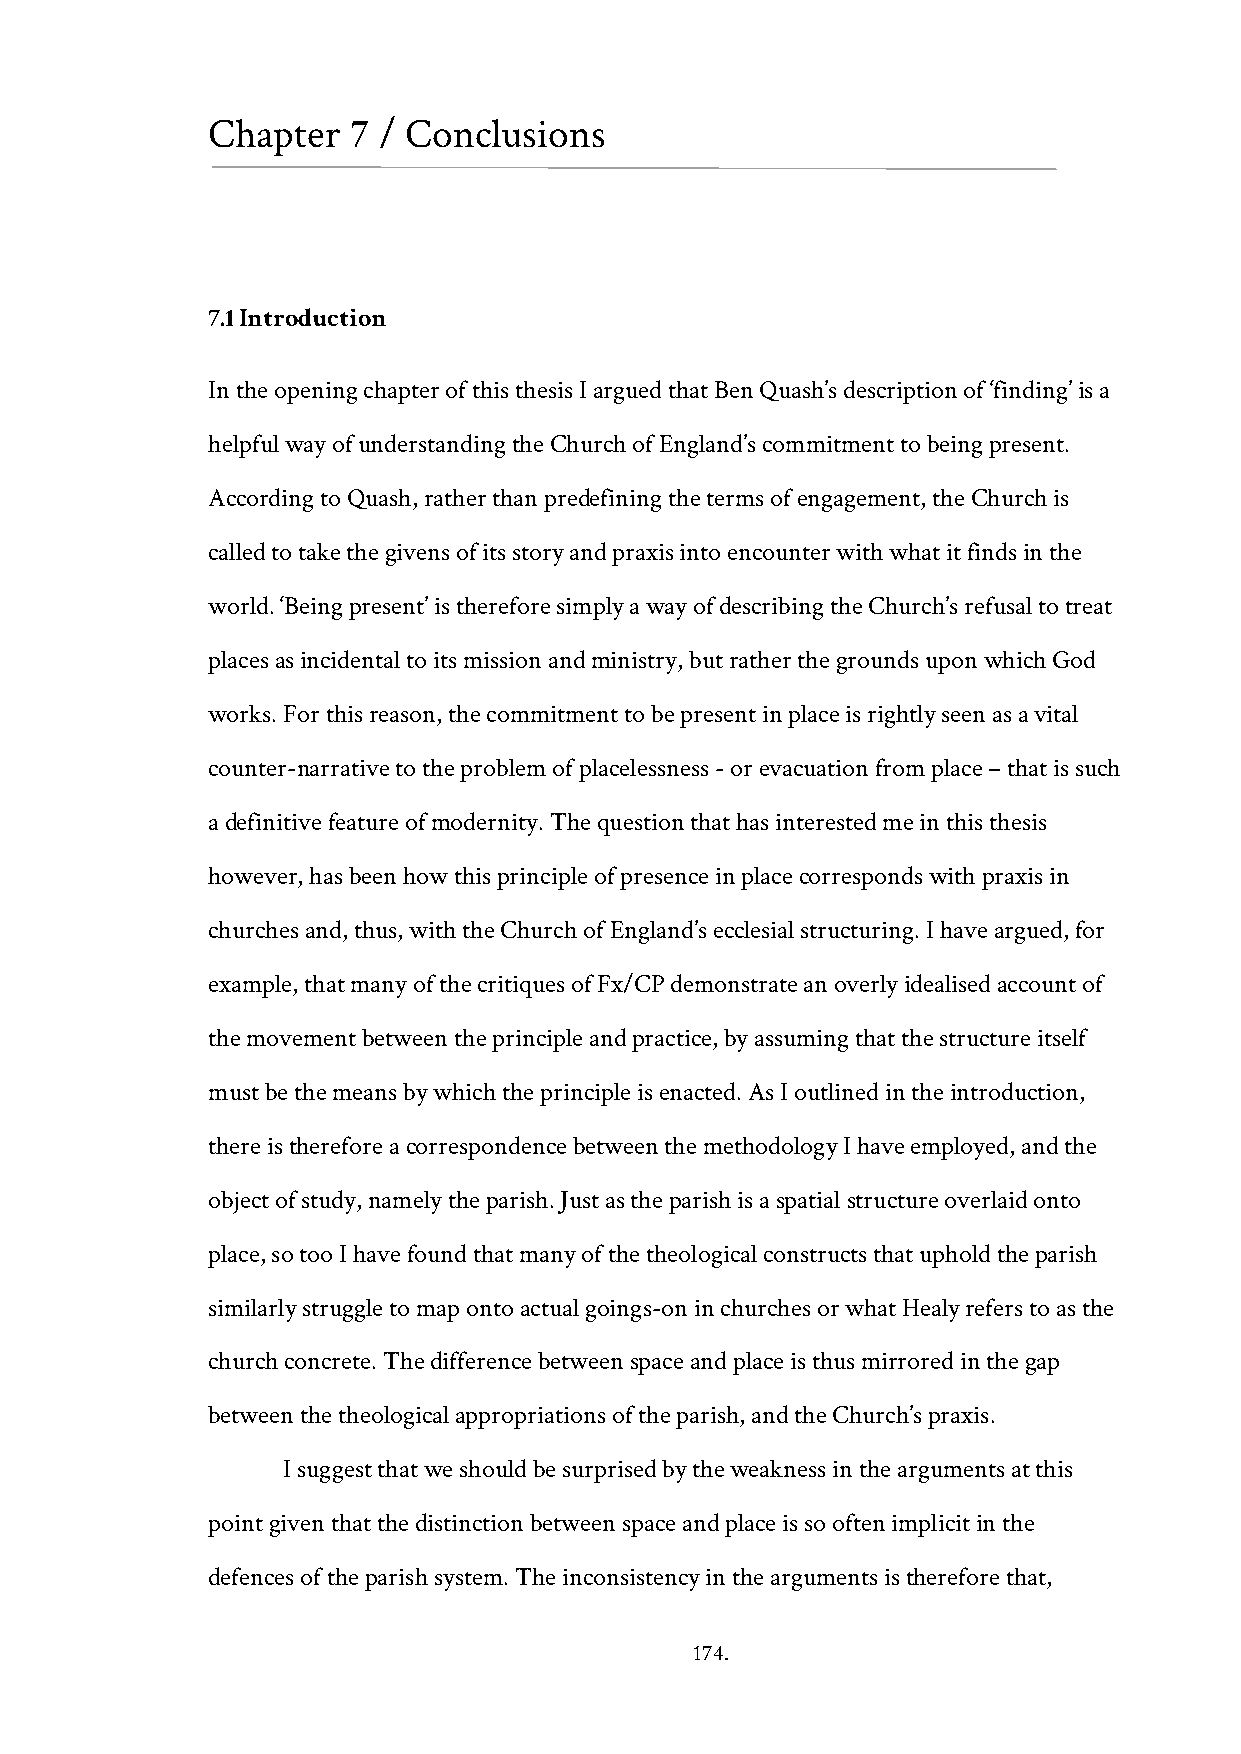
Chapter  7 / Conclusions
 7.1 Introduction
 In the opening chapter of this thesis I argued that Ben Quash’s description of ‘finding’ is a
 helpful way of understanding the Church of England’s commitment to being present.
 According to Quash, rather than predefining the terms of engagement, the Church is
 called to take the givens of its story and praxis into encounter with what it finds in the
 world. ‘Being present’ is therefore simply a way of describing the Church’s refusal to treat
 places as incidental to its mission and ministry, but rather the grounds upon which God
 works. For this reason, the commitment to be present in place is rightly seen as a vital
 counter-narrative to the problem of placelessness - or evacuation from place – that is such
 a definitive feature of modernity. The question that has interested me in this thesis
 however, has been how this principle of presence in place corresponds with praxis in
 churches and, thus, with the Church of England’s ecclesial structuring. I have argued, for
 example, that many of the critiques of Fx/CP demonstrate an overly idealised account of
 the movement between the principle and practice, by assuming that the structure itself
 must be the means by which the principle is enacted. As I outlined in the introduction,
 there is therefore a correspondence between the methodology I have employed, and the
 object of study, namely the parish. Just as the parish is a spatial structure overlaid onto
 place, so too I have found that many of the theological constructs that uphold the parish
 similarly struggle to map onto actual goings-on in churches or what Healy refers to as the
 church concrete. The difference between space and place is thus mirrored in the gap
 between the theological appropriations of the parish, and the Church’s praxis.
 I suggest that we should be surprised by the weakness in the arguments at this
 point given that the distinction between space and place is so often implicit in the
 defences of the parish system. The inconsistency in the arguments is therefore that,
 174.